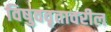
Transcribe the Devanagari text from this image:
विषुववृतावरील